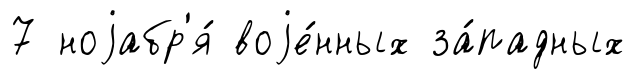
7 ноjабр'я́ воjе́нных за́падных